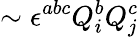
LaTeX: \sim\epsilon^{abc}Q_{i}^{b}Q_{j}^{c}